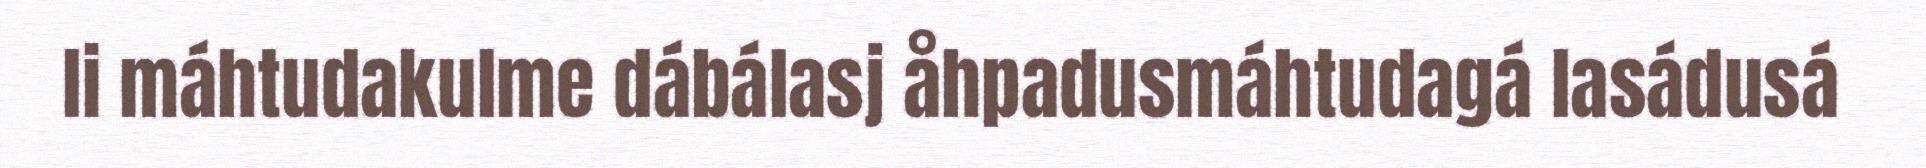
li máhtudakulme dábálasj åhpadusmáhtudagá lasádusá